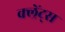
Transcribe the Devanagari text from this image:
क्ल्रेंट्स